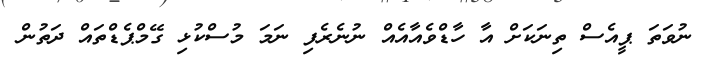
ނުވަތަ ޕީއެސް ތިނަކަށް އާ ހާޑްވެއާއެއް ނުނެރެފި ނަމަ މުސްކުޅި ގޭމްޕެޑްތައް ދަތުން